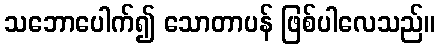
သဘောပေါက်၍ သောတာပန် ဖြစ်ပါလေသည်။